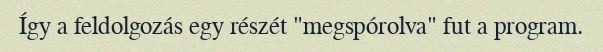
Így a feldolgozás egy részét "megspórolva" fut a program.